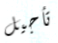
تأجيل